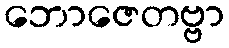
ဘောဇေတဗ္ဗာ